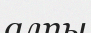
алпы